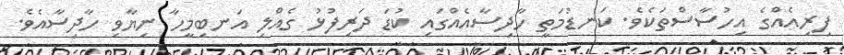
ފިރިއެއްގެ އިހުސާސްތަކެވެ. ކަނޑުމަތީ ހާދިސާއެއްގައި ކުޑަ ދަރިފުޅު ގެއްލި އަނބިމީހާ ނިޔާވި ހާދިސާއެވެ.